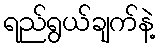
ရည်ရွယ်ချက်နဲ့